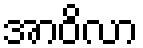
အာဝိလာ